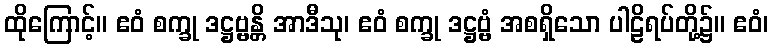
ထိုကြောင့်။ ဧဝံ စက္ခု ဒဋ္ဌဗ္ဗန္တိ အာဒီသု၊ ဧဝံ စက္ခု ဒဋ္ဌဗ္ဗံ အစရှိသော ပါဠိရပ်တို့၌။ ဧဝံ၊